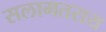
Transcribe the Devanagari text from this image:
सलामतराय